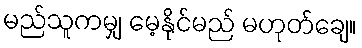
မည်သူကမျှ မေ့နိုင်မည် မဟုတ်ချေ။